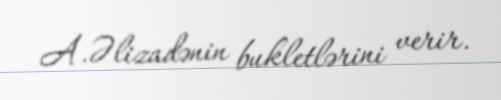
A.Əlizadənin bukletlərini verir.